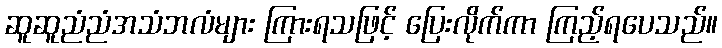
ဆူဆူညံညံအသံဘလံများ ကြားရသဖြင့် ပြေးလိုက်ကာ ကြည့်ရပေသည်။